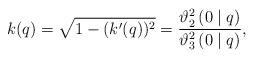
LaTeX: \begin{align*} k(q)=\sqrt{1-(k'(q))^{2}}=\frac{\vartheta_{2}^{2}\left(0 \mid q\right)}{\vartheta_{3}^{2}\left(0 \mid q\right)}, \end{align*}